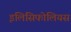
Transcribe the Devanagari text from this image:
इलिसिफोलियस